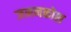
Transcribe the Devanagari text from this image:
जननकोश